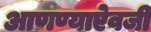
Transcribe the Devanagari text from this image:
आणण्याऐवजी